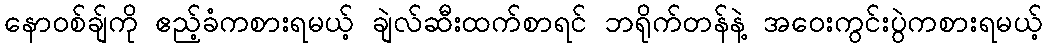
နောဝစ်ချ်ကို ဧည့်ခံကစားရမယ့် ချဲလ်ဆီးထက်စာရင် ဘရိုက်တန်နဲ့ အဝေးကွင်းပွဲကစားရမယ့်